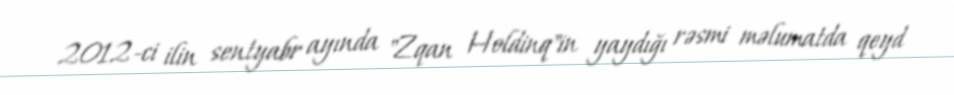
2012-ci ilin sentyabr ayında "Zqan Holdinq"in yaydığı rəsmi məlumatda qeyd